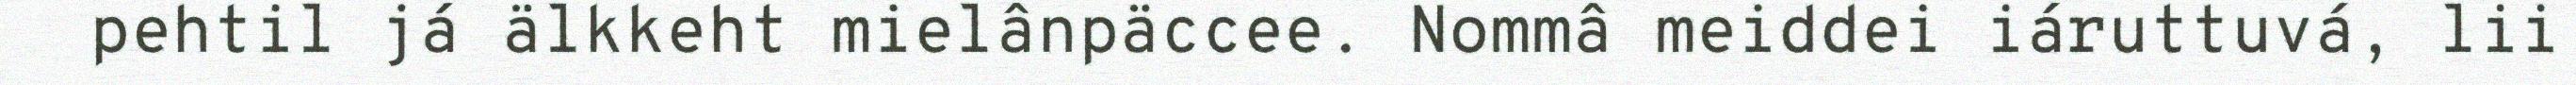
pehtil já älkkeht mielânpäccee. Nommâ meiddei iáruttuvá, lii